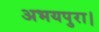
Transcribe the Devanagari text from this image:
अभयपुरा।